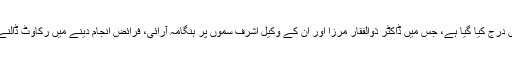
یہ مقدمہ آرام باغ تھانے پر ایس ایچ او عالم ڈاہری کی مدعیت میں درج کیا گیا ہے، جس میں ڈاکٹر ذوالفقار مرزا اور ان کے وکیل اشرف سموں پر ہنگامہ آرائی، فرائض انجام دینے میں رکاوٹ ڈالنے، اور افسران کو دھمکیاں دینے کے الزامات عائد کیے گئے ہیں۔